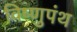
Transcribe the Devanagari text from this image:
विष्णुपंथ